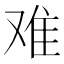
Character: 难